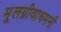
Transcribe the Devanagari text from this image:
मूलग्रीवाधमनी